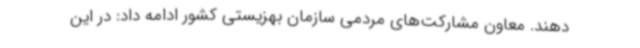
دهند. معاون مشارکت‌های مردمی سازمان بهزیستی کشور ادامه داد: در این